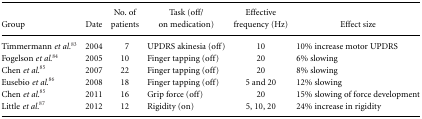
| Group | Date | No. of patients | Task (off/on medication) | Effective frequency (Hz) | Effect size |
 | --- | --- | --- | --- | --- | --- |
 | Timmermann et al.83 | 2004 | 7 | UPDRS akinesia (off) | 10 | 10% increase motor UPDRS |
 | Fogelson et al.84 | 2005 | 10 | Finger tapping (off) | 20 | 6% slowing |
 | Chen et al.85 | 2007 | 22 | Finger tapping (off) | 20 | 8% slowing |
 | Eusebio et al.86 | 2008 | 18 | Finger tapping (off) | 5 and 20 | 12% slowing |
 | Chen et al.85 | 2011 | 16 | Grip force (off) | 20 | 15% slowing of force development |
 | Little et al.87 | 2012 | 12 | Rigidity (on) | 5, 10, 20 | 24% increase in rigidity |